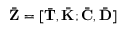
\bar { \bar { \mathbf { Z } } } = [ \bar { \bar { \mathbf { T } } } , \bar { \bar { \mathbf { K } } } ; \bar { \bar { \mathbf { C } } } , \bar { \bar { \mathbf { D } } } ]